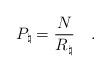
LaTeX: \begin{align*}P_\natural = {\frac{N}{R_\natural}} \quad .\end{align*}